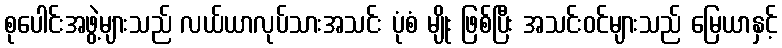
စုပေါင်းအဖွဲ့များသည် လယ်ယာလုပ်သားအသင်း ပုံစံ မျိုး ဖြစ်ပြီး အသင်းဝင်များသည် မြေယာနှင့်